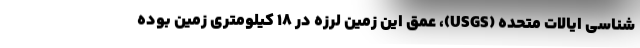
شناسی ایالات متحده (USGS)، عمق این زمین لرزه در ۱۸ کیلومتری زمین بوده